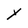
Character: Y